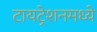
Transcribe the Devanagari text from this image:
टायट्रेशनमध्ये